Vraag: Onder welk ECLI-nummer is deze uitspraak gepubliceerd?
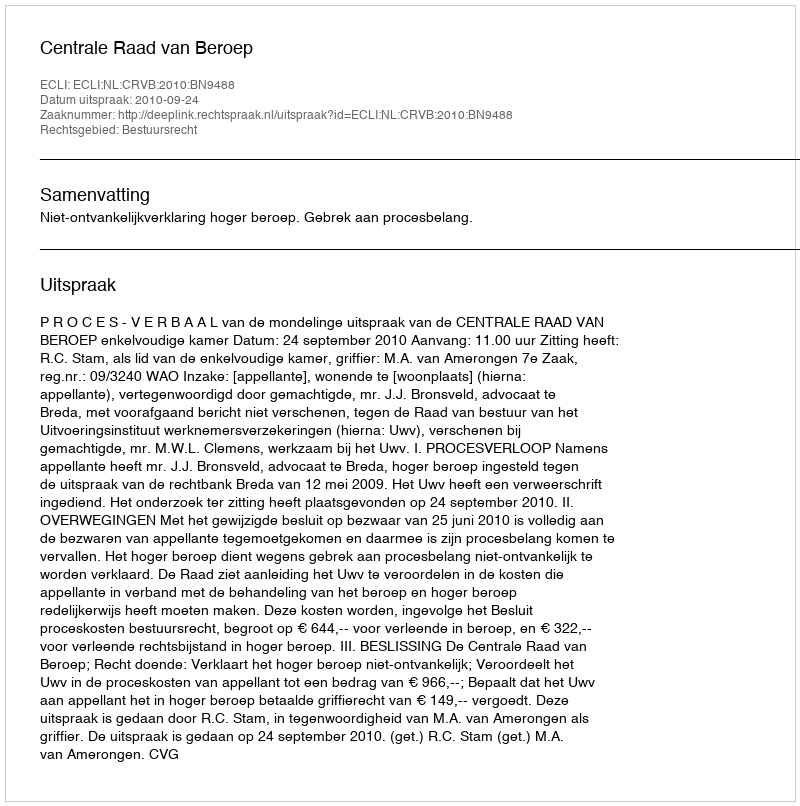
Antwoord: ECLI:NL:CRVB:2010:BN9488